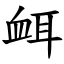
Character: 衈